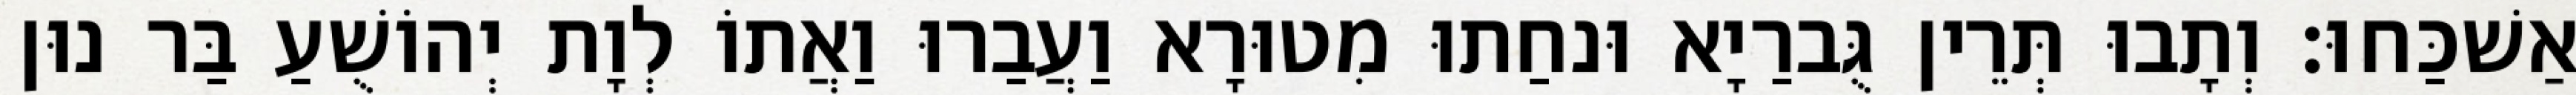
אַשׁכַּחוּ׃ וְתָבוּ תְּרֵין גֻּברַיָא וּנחַתוּ מִטוּרָא וַעֲבַרוּ וַאֲתוֹ לְוָת יְהוֹשֻׁעַ בַּר נוּן